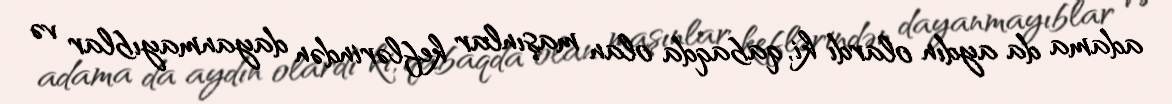
adama da aydın olardı ki, qabaqda olan maşınlar keflərindən dayanmayıblar və